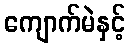
ကျောက်မဲနှင့်